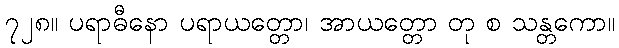
၇၂၈။ ပရာဓီနော ပရာယတ္တော၊ အာယတ္တော တု စ သန္တကော။